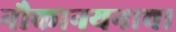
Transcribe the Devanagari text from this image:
नौकानयनाचा